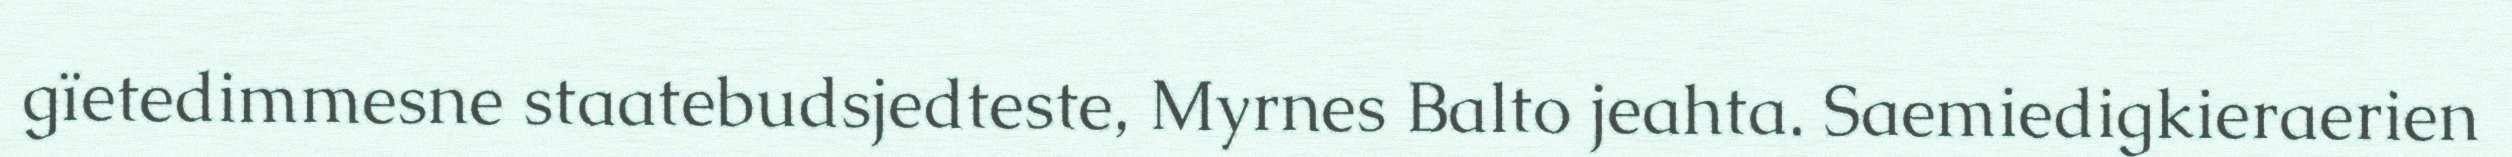
gïetedimmesne staatebudsjedteste, Myrnes Balto jeahta. Saemiedigkieraerien